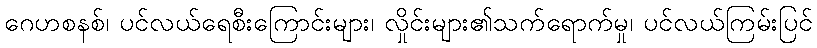
ဂေဟစနစ်၊ ပင်လယ်ရေစီးကြောင်းများ၊ လှိုင်းများ၏သက်ရောက်မှု၊ ပင်လယ်ကြမ်းပြင်